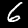
Digit: 6